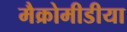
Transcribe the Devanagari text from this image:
मैक्रोमीडीया